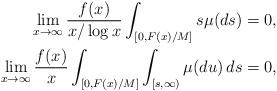
LaTeX: \begin{align*} \lim_{x\to\infty} \frac{f(x)}{x/\log x}\int_{[0,F(x)/M]} s\mu(ds)&=0, \\\lim_{x\to\infty} \frac{f(x)}{x}\int_{[0,F(x)/M]} \int_{[s,\infty)} \mu(du)\,ds&=0,\end{align*}